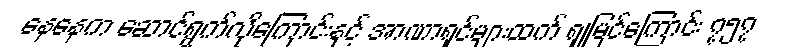
နေနေက ဆောင်ရွက်လိုကြောင်းနှင့် အာဏာရှင်များထက် ရှုမြင်ကြောင်း ၇၅၇